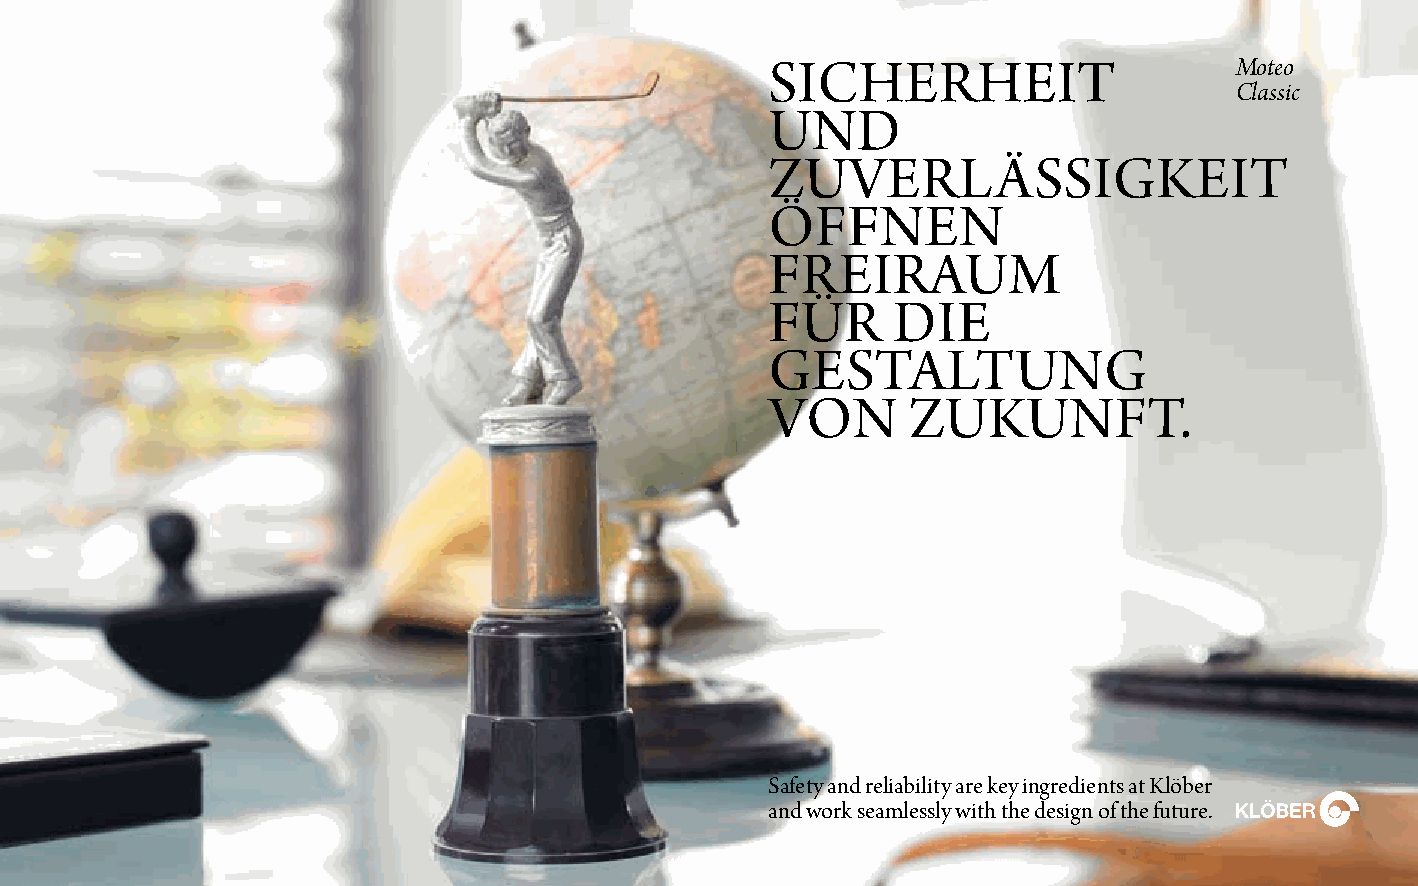
siCherheit                     Moteo
 Classic
 unD
 zuverLässigkeit
 öFFnen
 FreirauM
 Für     Die
 gestaLtung
 von      zukunFt.
 safety and reliability are key ingredients at klöber
 and work seamlessly with the design of the future.